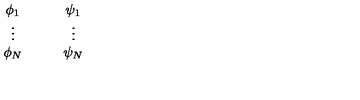
\begin{array} { c c c c } { \phi _ { 1 } } & { } & { } & { \psi _ { 1 } } \\ { \vdots } & { } & { } & { \vdots } \\ { \phi _ { N } } & { } & { } & { \psi _ { N } } \\ \end{array}